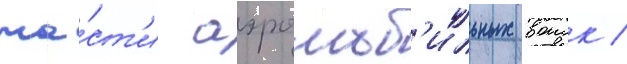
ча́ст'и аэромоб'ильных воиск /